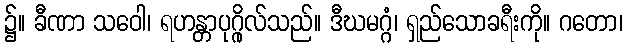
၌။ ခီဏာ သဝေါ၊ ရဟန္တာပုဂ္ဂိုလ်သည်။ ဒီဃမဂ္ဂံ၊ ရှည်သောခရီးကို။ ဂတော၊